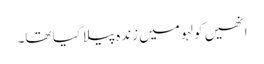
انھیں کولہو میں زندہ پیلا گیا تھا۔